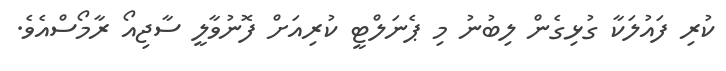
ކުރި ފައުލަކާ ގުޅިގެން ލިބުނު މި ޕެނަލްޓީ ކުރިއަށް ފޮނުވާލީ ސާޖިއޯ ރާމޯސްއެވެ.